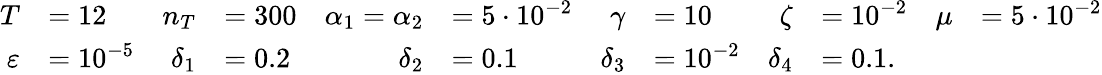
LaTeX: \begin{array}{rlrlrlrlrlrl}{T}&{=12}&{n_{T}}&{=300}&{\alpha_{1}=\alpha_{2}}&{=5\cdot 10^{-2}}&{\gamma}&{=10}&{\zeta}&{=10^{-2}}&{\mu}&{=5\cdot 10^{-2}}\\ {\varepsilon}&{=10^{-5}}&{\delta_{1}}&{=0.2}&{\delta_{2}}&{=0.1}&{\delta_{3}}&{=10^{-2}}&{\delta_{4}}&{=0.1.}\end{array}